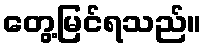
တွေ့မြင်ရသည်။